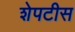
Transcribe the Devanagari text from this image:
शेपटीस